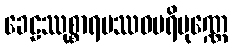
ခေဠဿုစ္စာရပဿဝပရိပုဏ္ဏေ